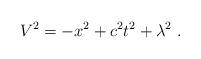
LaTeX: \begin{align*} V^2 = - x^2 + c^2t^2 + \lambda^2 ~.\end{align*}